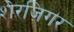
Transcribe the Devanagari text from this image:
शेरज़िगर